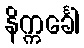
နိက္ကင်္ခေါ